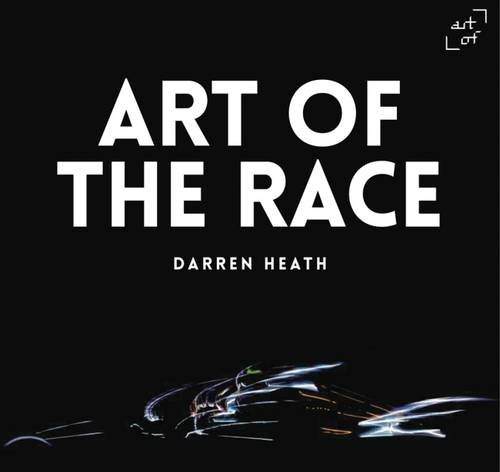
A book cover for Art of the Race - V14; Darren Heath; Arts & Photography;